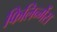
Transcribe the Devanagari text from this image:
फिलिन्गेंस